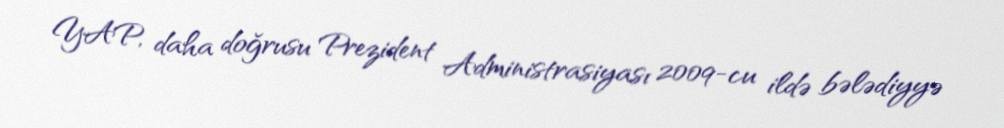
YAP, daha doğrusu Prezident Administrasiyası 2009-cu ildə bələdiyyə